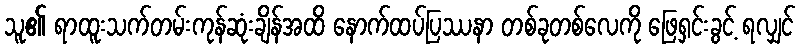
သူ၏ ရာထူးသက်တမ်းကုန်ဆုံးချိန်အထိ နောက်ထပ်ပြဿနာ တစ်ခုတစ်လေကို ဖြေရှင်းခွင့် ရလျှင်